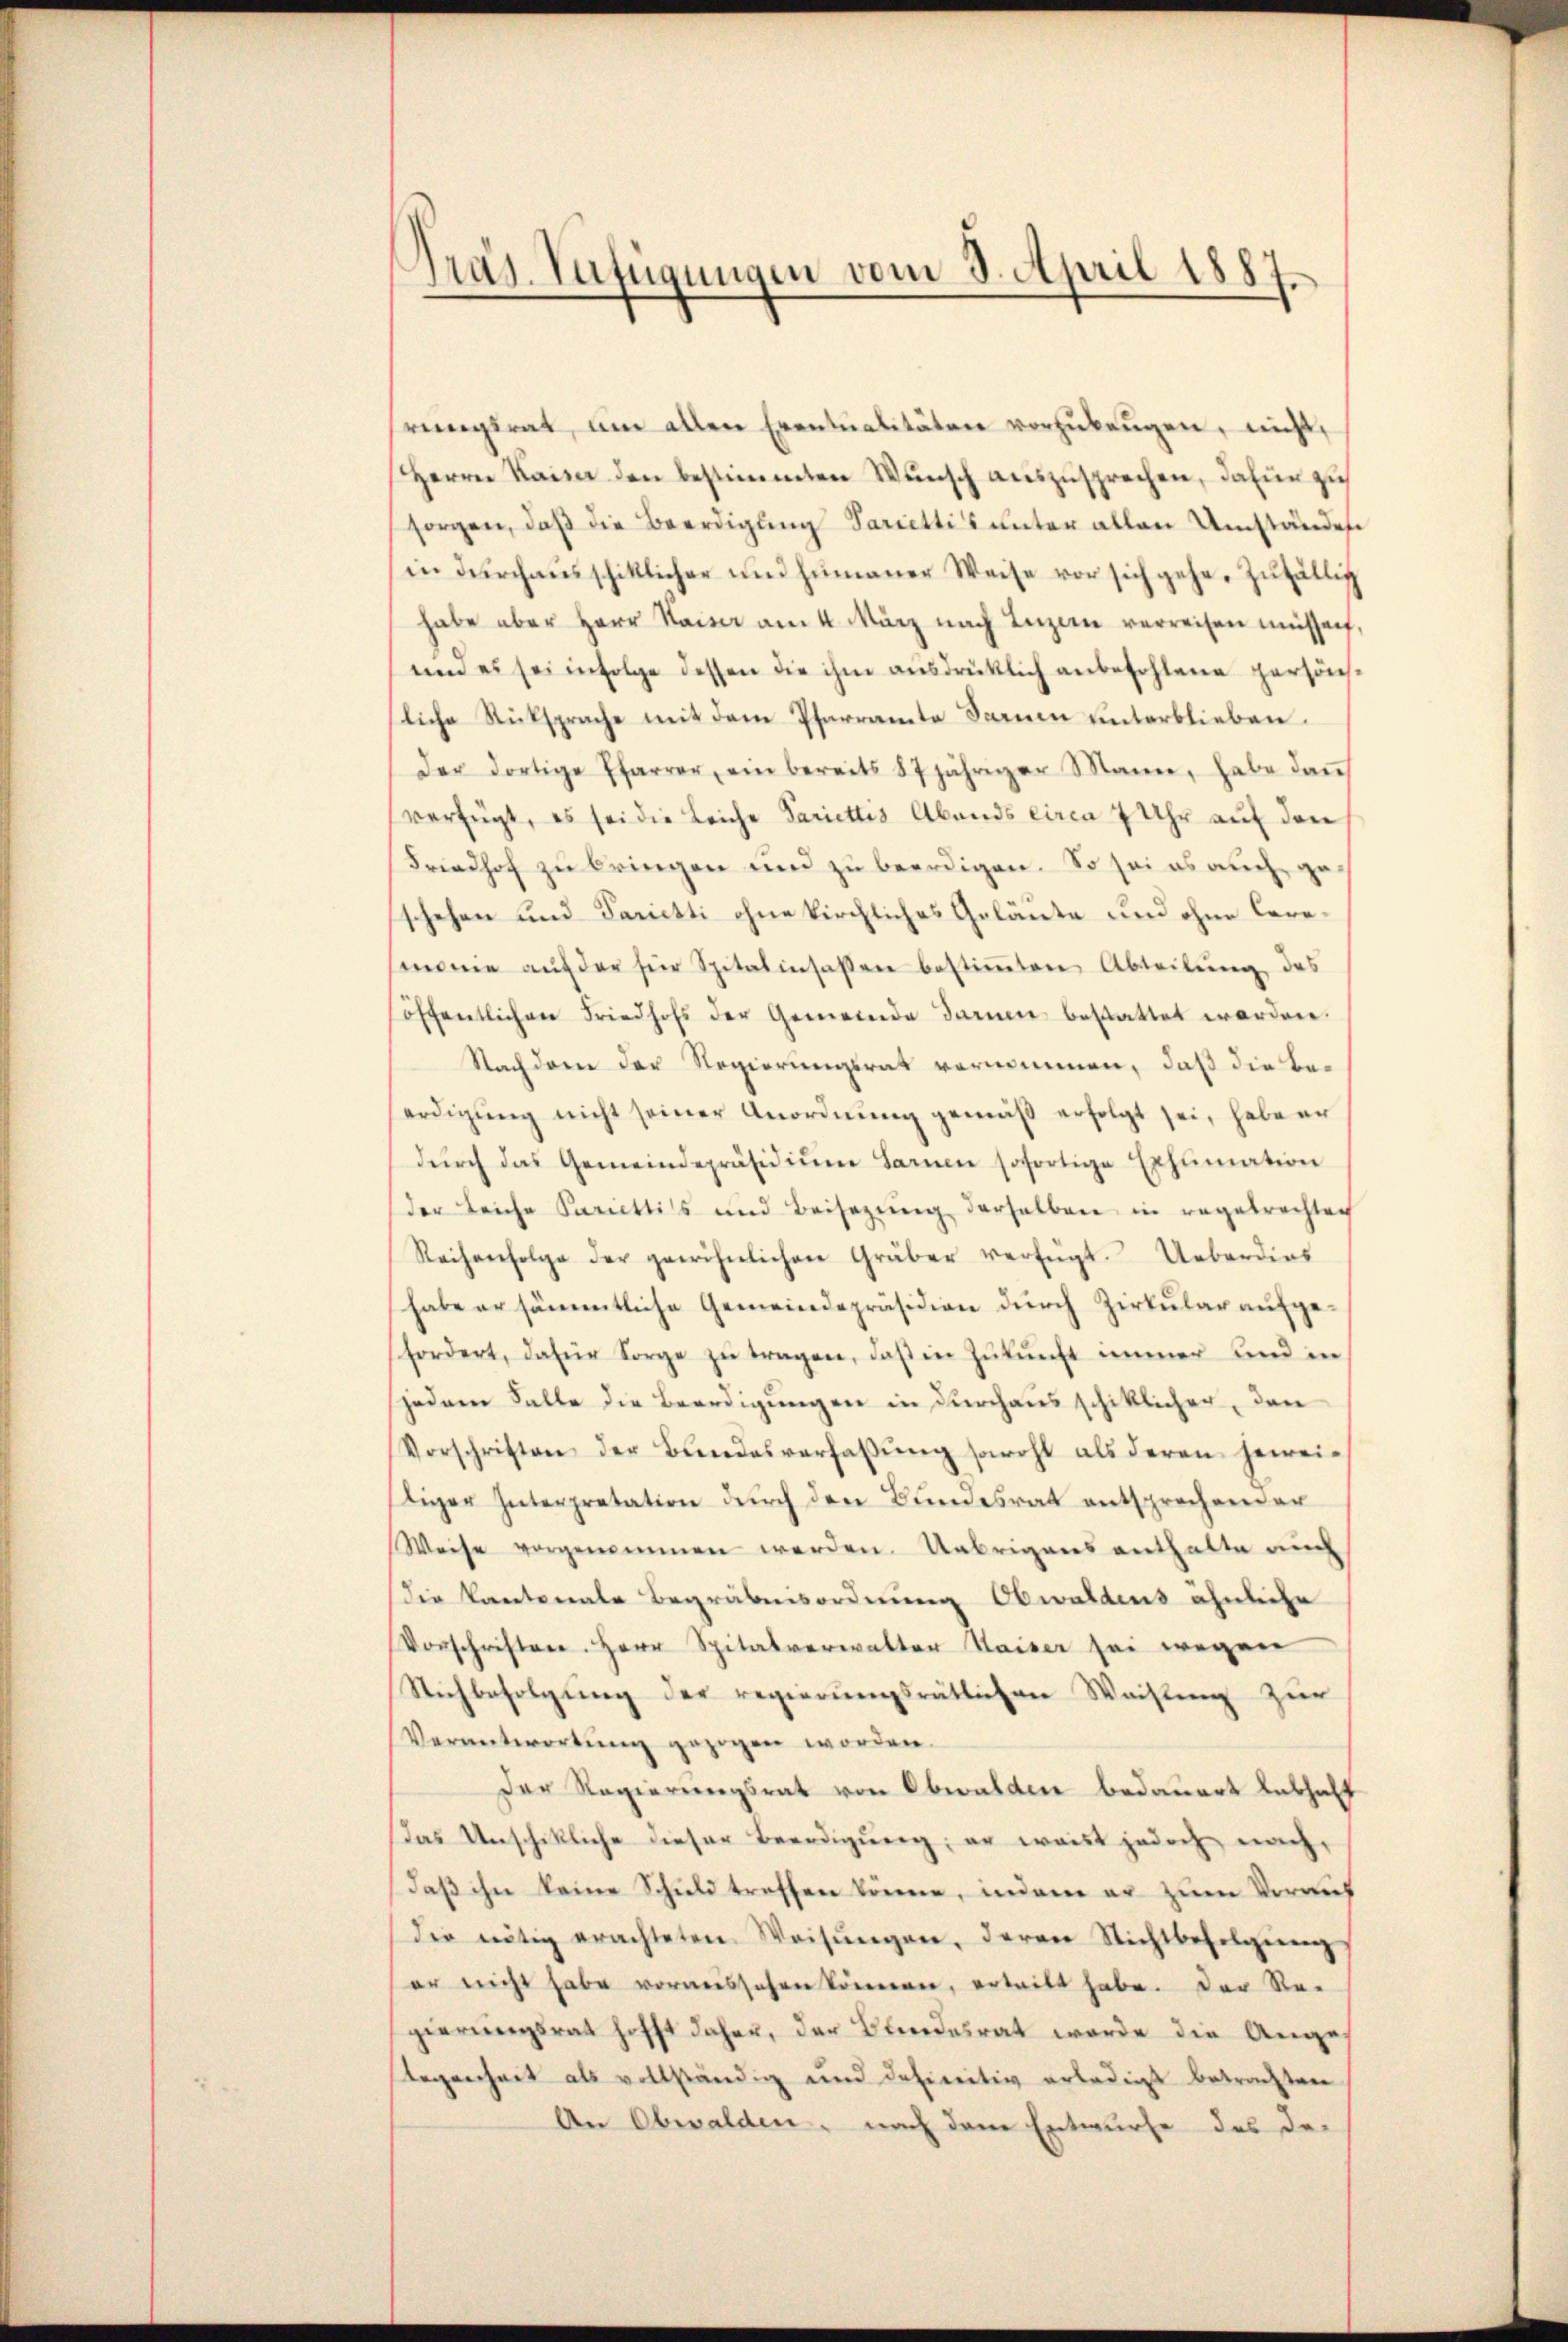
Pras. Verfügungen vom 3. April 1887.

rungsrat am allen Eventualitäten vorzŭbeŭgen, nicht,
Herrn Kaiser den bestimmten Wunsch auszusprechen, dafür zu
sorgen, daß die Beerdigung Pariettis unter allen Umständen
in dŭrchaŭsschiklicher und humaner Weise vor sich gehe, zŭfällig
habe aber Herr Kaise am 4. März nach Luzern verreisen müssen,
um es sei infolge dessen die ihm ausdrücklich anbefohlene persönliche Rücksprache mit dem Pfarramte Darum unterblieben.
Der dortige Pfarrer, ein bereits 87jähriger Mann, habe dan
verfügt, es sei die Leiche Pariettis Abends circa 7 Uhr auf den
Friedhof zu bringen und zu beerdigen. So sei es auch geschehen und Tarietti ohne kirchliches Geläute und ohne Ceremmie aŭf der für Spitalinsassen bestiṁten Abteilŭng des
öffentlichen Friedhofs der Gemeinde darinen bestattet werden.
Nachdem der Regierungsrat vernommen, daß die Beerdigŭng nicht seiner Anordnŭng gemäß erfolgt sei, habe er
dŭrch das Gemeindepräsidiŭm Sarnen sofortige Exhŭmation
der Leiche Pariettis und Beisezŭng derselben in regelrechtig
Reihenfolge der gewöhnlichen Gräber verfügt. Ueberdies
habe er sämmtliche Gemeindepräsidion durch Zirkular aufgefordert, dafür Sorge zŭ tragen, daβ in Zŭkŭnft immer und in
jedem Falle die Beerdigungen in durchaus schiklicher, den
Vorschriften der Bŭndesverhaβŭng sowohl als deren herrei-
tiger Interpretation dŭrch den Bŭndesrat entsprechender
Weise vorgenommen werden. Uebrigens enthalte auch
die Kantonale Begräbnisordnung Obwaldens ähnliche
Vorschriften. Herr Spitalverwalter Kaiser sei wegen
Stichbefolgŭng der regierungsrätlichen Weisung zur
Verantwortŭng gezogen worden.
Der Regierungsrat von Obwalden bedauert Labhalt
Das Unschikliche dieser Beendigung; er waist jedoch nach,
daß ihn keine Schuld treffen könne, indem er zum Voraus
die nötig erachteten Weisŭngen, deren Nichtbefolgŭng
er nicht habe voraussehen könnern, ertritt habe. Der Re-
gierungsrat hofft daher, der Blindesrat werde die Ange-
Gegenheit als vollständig und definitiv erledigt betrachten
An Obwalden, nach dem Entwurfe des de-